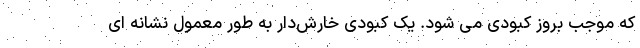
که موجب بروز کبودی می شود. یک کبودی خارش‌دار به طور معمول نشانه ای